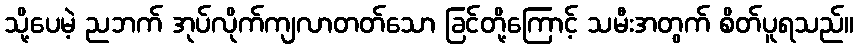
သို့ပေမဲ့ ညဘက် အုပ်လိုက်ကျလာတတ်သော ခြင်တို့ကြောင့် သမီးအတွက် စိတ်ပူရသည်။